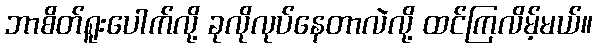
ဘာစိတ်ရူးပေါက်လို့ ခုလိုလုပ်နေတာလဲလို့ ထင်ကြလိမ့်မယ်။